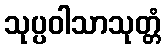
သုပ္ပဝါသာသုတ္တံ